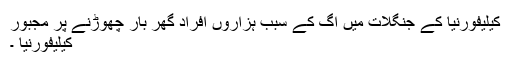
کیلیفورنیا کے جنگلات میں آگ کے سبب ہزاروں افراد گھر بار چھوڑنے پر مجبور
کیلیفورنیا ۔